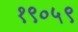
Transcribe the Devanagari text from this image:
१९०५९